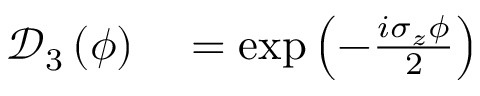
\begin{array} { r l } { \mathcal { D } _ { 3 } \left( \phi \right) } & { { } = \exp \left( - \frac { i \sigma _ { z } \phi } { 2 } \right) } \end{array}